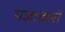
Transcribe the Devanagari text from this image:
मज़ाकरों